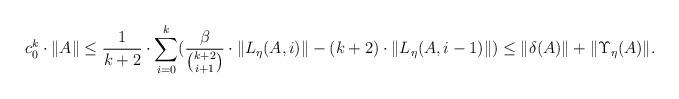
LaTeX: \begin{align*}c_0^k \cdot \|A\| \leq \frac{1}{k+2}\cdot\sum_{i=0}^k (\frac{\beta}{{k+2 \choose i+1}} \cdot \|L_\eta(A,i)\| - (k+2)\cdot \|L_\eta(A,i-1)\|)\leq \|\delta(A)\| + \|\Upsilon_\eta(A)\|.\end{align*}